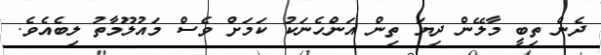
ދެން ތިބީ މާލޭން ދިޔަ ތިން އަންހެނަކު ކަމަށް ވެސް މައުލޫމާތު ލިބެއެވެ.